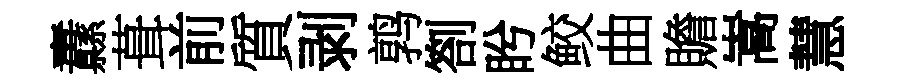
纛葺前質剥鹑劄盻鲛曲贍嵩慧